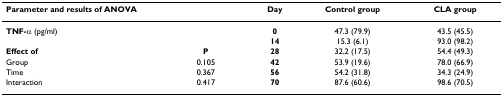
<table><thead><tr><td colspan="2"><b>Parameter and results of ANOVA</b></td><td><b>Day</b></td><td><b>Control group</b></td><td><b>CLA group</b></td></tr></thead><tbody><tr><td><b>TNF-α </b>(pg/ml)</td><td></td><td><b>0</b></td><td>47.3 (79.9)</td><td>43.5 (45.5)</td></tr><tr><td></td><td></td><td><b>14</b></td><td>15.3 (6.1)</td><td>93.0 (98.2)</td></tr><tr><td><b>Effect of</b></td><td><b>P</b></td><td><b>28</b></td><td>32.2 (17.5)</td><td>54.4 (49.3)</td></tr><tr><td>Group</td><td>0.105</td><td><b>42</b></td><td>53.9 (19.6)</td><td>78.0 (66.9)</td></tr><tr><td>Time</td><td>0.367</td><td><b>56</b></td><td>54.2 (31.8)</td><td>34.3 (24.9)</td></tr><tr><td>Interaction</td><td>0.417</td><td><b>70</b></td><td>87.6 (60.6)</td><td>98.6 (70.5)</td></tr></tbody></table>